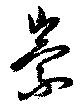
崇